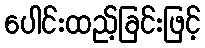
ပေါင်းထည့်ခြင်းဖြင့်